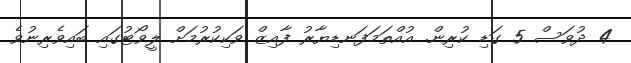
4 ދުވަސް 5 ގަޑި ކުރިން. އުއްތަމަފަނޑިޔާރު ފާއިޒް ވަކިކުރުމަށް ލީވޯޓުގައި ބައިވެރިނުވެ